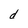
Character: d